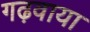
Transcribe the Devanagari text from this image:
गढ़वाया